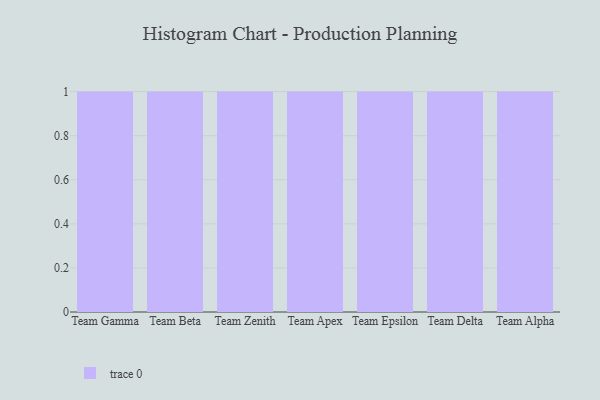
{"axis": {"x": "Team", "y": "Budget (USD K)"}, "legend": [""], "data": [{"x": "Team Gamma", "y": 37, "type": ""}, {"x": "Team Beta", "y": 71, "type": ""}, {"x": "Team Zenith", "y": 56, "type": ""}, {"x": "Team Apex", "y": 39, "type": ""}, {"x": "Team Epsilon", "y": 76, "type": ""}, {"x": "Team Delta", "y": 23, "type": ""}, {"x": "Team Alpha", "y": 31, "type": ""}]}